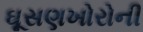
ઘૂસણખોરોની